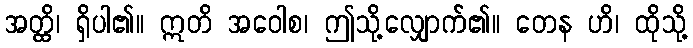
အတ္ထိ၊ ရှိပါ၏။ ဣတိ အဝေါစ၊ ဤသို့လျှောက်၏။ တေန ဟိ၊ ထိုသို့